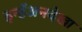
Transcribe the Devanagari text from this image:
इन्हेंअनदेखा